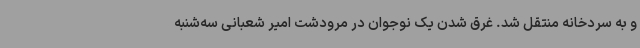
و به سردخانه منتقل شد. غرق شدن یک نوجوان در مرودشت امیر شعبانی سه‌شنبه